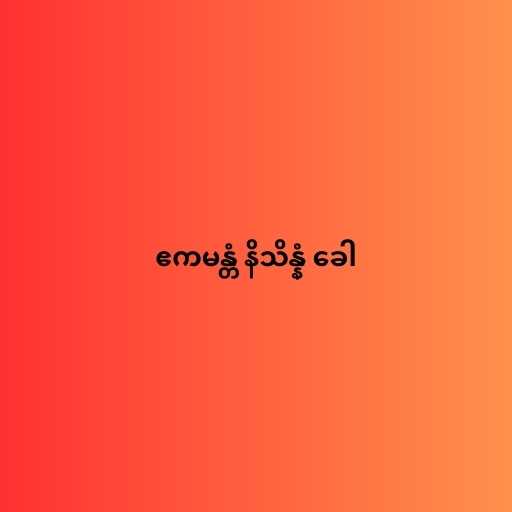
ဧကမန္တံ နိသိန္နံ ခေါ